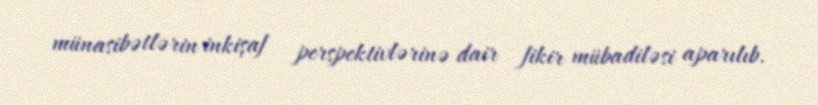
münasibətlərin inkişaf perspektivlərinə dair fikir mübadiləsi aparılıb.